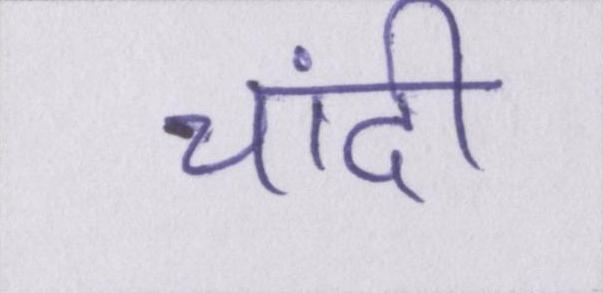
चांदी